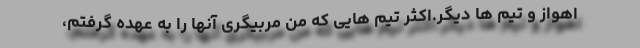
اهواز و تیم ها دیگر.اکثر تیم هایی که من مربیگری آنها را به عهده گرفتم،